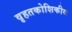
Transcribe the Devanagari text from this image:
वृहतकोशिकीय